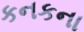
કનકના